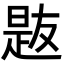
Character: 𪰯